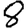
Digit: 8